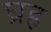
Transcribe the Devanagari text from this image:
घ्रह